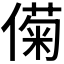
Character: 𫣟